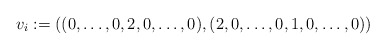
\begin{align*}v_i := ((0,\ldots,0,2,0,\ldots,0),(2,0,\ldots,0,1,0,\ldots,0))\end{align*}